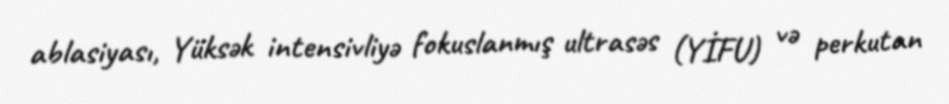
ablasiyası, Yüksək intensivliyə fokuslanmış ultrasəs (YİFU) və perkutan